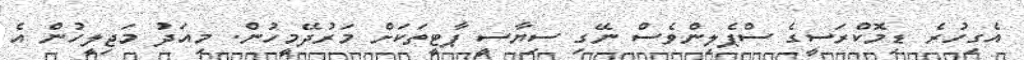
އެގިހުރެ ޑިމޮކްރަސީގެ ސްޕެލިންވެސް ނޭގި ސިޔާސީ ޕާޓީތަކަށް މަރުދޭމީހުން. މިއަދު މަޖިލީހުން އެ